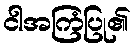
ငါအကြံပြု၏